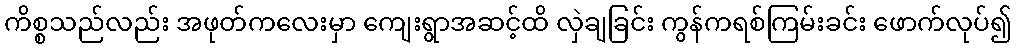
ကိစ္စသည်လည်း အဖုတ်ကလေးမှာ ကျေးရွာအဆင့်ထိ လှဲချခြင်း ကွန်ကရစ်ကြမ်းခင်း ဖောက်လုပ်၍